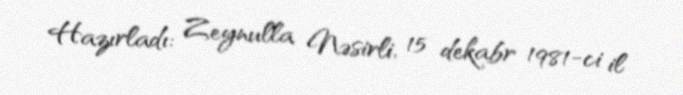
Hazırladı: Zeynulla Nəsirli, 15 dekabr 1981-ci il